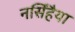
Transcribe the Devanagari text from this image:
नर्सिंहैया